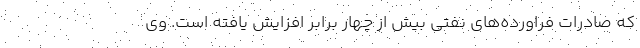
که صادرات فراورده‌های نفتی بیش از چهار برابر افزایش یافته است. وی